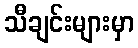
သီချင်းများမှာ